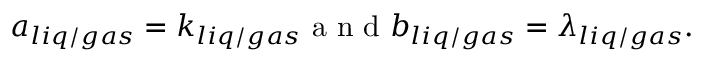
\begin{array} { r } { a _ { l i q / g a s } = k _ { l i q / g a s } \mathrm { ~ a ~ n ~ d ~ } b _ { l i q / g a s } = \lambda _ { l i q / g a s } . } \end{array}